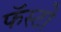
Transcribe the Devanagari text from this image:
फॅस्टो